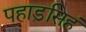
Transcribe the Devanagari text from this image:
पहाड़सिहं